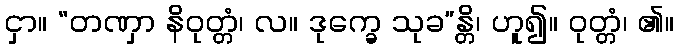
ငှာ။ “တဏှာ နိဝုတ္တံ၊ လ။ ဒုက္ခေ သုခ”န္တိ၊ ဟူ၍။ ဝုတ္တံ၊ ၏။